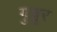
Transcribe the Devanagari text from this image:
गुन्नूर